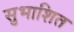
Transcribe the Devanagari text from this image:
सुभाशित